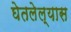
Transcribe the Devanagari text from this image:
घेतलेल्यास